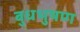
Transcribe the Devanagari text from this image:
बुधभुषण